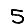
Digit: 5